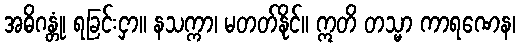
အဓိဂန္တုံ၊ ရခြင်းငှာ။ နသက္ကာ၊ မတတ်နိုင်။ ဣတိ တသ္မာ ကာရဏေန၊